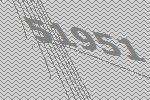
51951